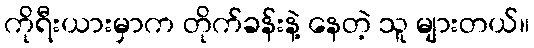
ကိုရီးယားမှာက တိုက်ခန်းနဲ့ နေတဲ့ သူ များတယ်။